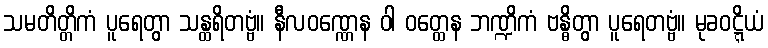
သမတိတ္တိကံ ပူရေတွာ သန္ထရိတဗ္ဗံ။ နီလဝဏ္ဏေန ဝါ ဝတ္ထေန ဘဏ္ဍိကံ ဗန္ဓိတွာ ပူရေတဗ္ဗံ။ မုခဝဋ္ဋိယံ